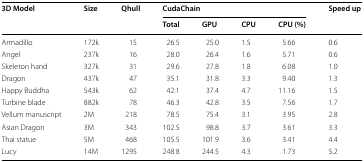
| <ROWSPAN=2> 3D Model | <ROWSPAN=2> Size | <ROWSPAN=2> Qhull | <COLSPAN=4> CudaChain | <ROWSPAN=2> Speed up |
 | Total | GPU | CPU | CPU (%) |
 | --- | --- | --- | --- | --- | --- | --- | --- |
 | Armadillo | 172k | 15 | 26.5 | 25.0 | 1.5 | 5.66 | 0.6 |
 | Angel | 237k | 16 | 28.0 | 26.4 | 1.6 | 5.71 | 0.6 |
 | Skeleton hand | 327k | 31 | 29.6 | 27.8 | 1.8 | 6.08 | 1.0 |
 | Dragon | 437k | 47 | 35.1 | 31.8 | 3.3 | 9.40 | 1.3 |
 | Happy Buddha | 543k | 62 | 42.1 | 37.4 | 4.7 | 11.16 | 1.5 |
 | Turbine blade | 882k | 78 | 46.3 | 42.8 | 3.5 | 7.56 | 1.7 |
 | Vellum manuscript | 2M | 218 | 78.5 | 75.4 | 3.1 | 3.95 | 2.8 |
 | Asian Dragon | 3M | 343 | 102.5 | 98.8 | 3.7 | 3.61 | 3.3 |
 | Thai statue | 5M | 468 | 105.5 | 101.9 | 3.6 | 3.41 | 4.4 |
 | Lucy | 14M | 1295 | 248.8 | 244.5 | 4.3 | 1.73 | 5.2 |